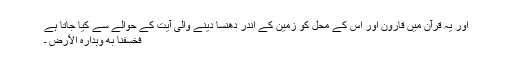
اور یہ قرآن میں قارون اور اس کے محل کو زمین کے اندر دھنسا دینے والی آیت کے حوالے سے کیا جاتا ہے
فَخَسَفْنَا بِهِ وَبِدَارِهِ الْأَرْضَ ۔